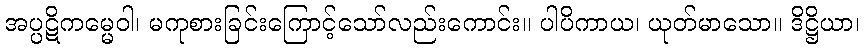
အပ္ပဋိကမ္မေဝါ၊ မကုစားခြင်းကြောင့်သော်လည်းကောင်း။ ပါပိကာယ၊ ယုတ်မာသော။ ဒိဋ္ဌိယာ၊